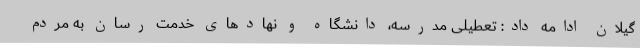
گیلان ادامه داد: تعطیلی مدرسه، دانشگاه و نهادهای خدمت رسان به مردم